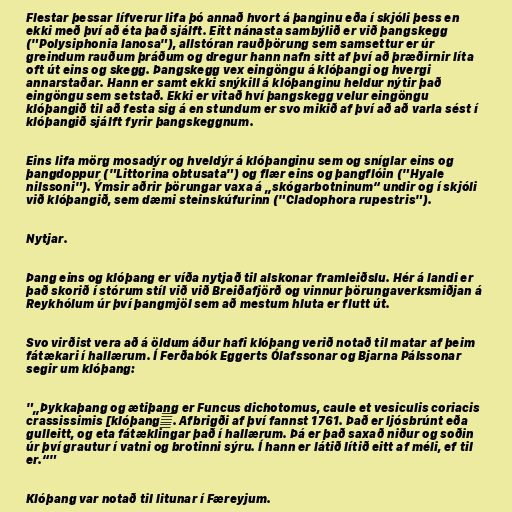
Flestar þessar lífverur lifa þó annað hvort á þanginu eða í skjóli þess en
ekki með því að éta það sjálft. Eitt nánasta sambýlið er við þangskegg
("Polysiphonia lanosa"), allstóran rauðþörung sem samsettur er úr
greindum rauðum þráðum og dregur hann nafn sitt af því að þræðirnir líta
oft út eins og skegg. Þangskegg vex eingöngu á klóþangi og hvergi
annarstaðar. Hann er samt ekki snýkill á klóþanginu heldur nýtir það
eingöngu sem setstað. Ekki er vitað hví þangskegg velur eingöngu
klóþangið til að festa sig á en stundum er svo mikið af því að að varla sést í
klóþangið sjálft fyrir þangskeggnum.

Eins lifa mörg mosadýr og hveldýr á klóþanginu sem og sníglar eins og
þangdoppur ("Littorina obtusata") og flær eins og þangflóin ("Hyale
nilssoni"). Ýmsir aðrir þörungar vaxa á „skógarbotninum“ undir og í skjóli
við klóþangið, sem dæmi steinskúfurinn ("Cladophora rupestris").

Nytjar.

Þang eins og klóþang er víða nytjað til alskonar framleiðslu. Hér á landi er
það skorið í stórum stíl við við Breiðafjörð og vinnur þörungaverksmiðjan á
Reykhólum úr því þangmjöl sem að mestum hluta er flutt út.

Svo virðist vera að á öldum áður hafi klóþang verið notað til matar af þeim
fátækari í hallærum. Í Ferðabók Eggerts Ólafssonar og Bjarna Pálssonar
segir um klóþang:

"„Þykkaþang og ætiþang er Funcus dichotomus, caule et vesiculis coriacis
crassissimis [klóþang］. Afbrigði af því fannst 1761. Það er ljósbrúnt eða
gulleitt, og eta fátæklingar það í hallærum. Þá er það saxað niður og soðin
úr því grautur í vatni og brotinni sýru. Í hann er látið lítið eitt af méli, ef til
er.“"

Klóþang var notað til litunar í Færeyjum.